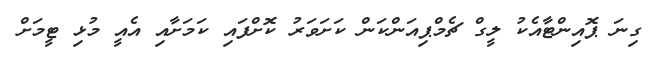
ގިނަ ޕޮއިންޓާއެކު ލީގް ޗެމްޕިއަންކަން ކަށަވަރު ކޮށްފައި ކަމަށާއި އެއީ މުޅި ޓީމަށް